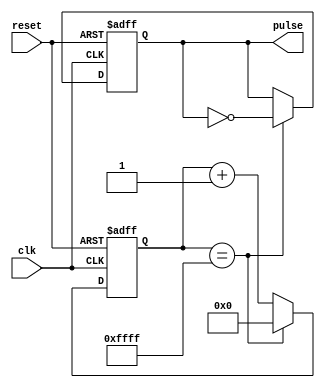
module PulseGenerator (
    input clk,
    input reset,
    output reg pulse
);

reg [15:0] counter;
reg pulse_reg;

always @(posedge clk or posedge reset) begin
    if (reset) begin
        counter <= 16'h0000;
        pulse_reg <= 1'b0;
    end else begin
        if (counter == 16'hFFFF) begin
            counter <= 16'h0000;
            pulse_reg <= ~pulse_reg;
        end else begin
            counter <= counter + 1;
        end
    end
end

assign pulse = pulse_reg;

endmodule